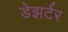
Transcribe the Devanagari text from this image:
डेझर्टर